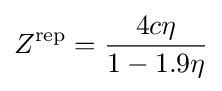
Z^{\rm {rep}}={\frac {4c\eta }{1-1.9\eta }}